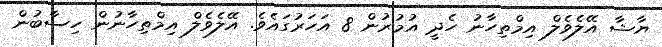
ޔާޝާ އޭލެވެލް އިމްތިހާނު ހެދީ އުމުރުން 8 އަހަރުގައެވެ. އޭލެވެލް އިމްތިހާނުން ހިސާބުން